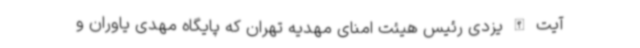
آیت الله یزدی رئیس هیئت امنای مهدیه تهران که پایگاه مهدی یاوران و